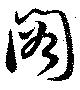
閣